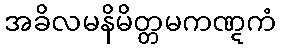
အခိလမနိမိတ္တမကဏ္ဋကံ